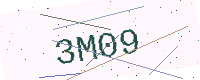
Text: 3M09